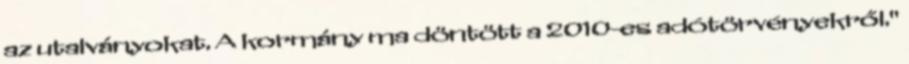
az utalványokat. A kormány ma döntött a 2010-es adótörvényekről."